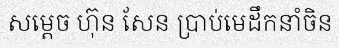
សម្តេច ហ៊ុន សែន ប្រាប់មេដឹកនាំចិន